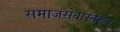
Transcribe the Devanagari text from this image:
समाजसेवास्वरूप